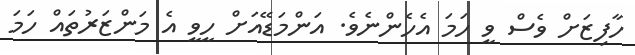
ހާފިޒަށް ވެސް ވީ ހަމަ އެހެންނެވެ. އަންމަޑޭއަށް ހީވީ އެ މަންޒަރުތައް ހަމަ